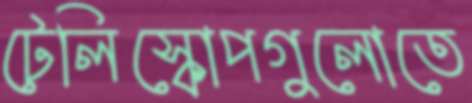
টেলিস্কোপগুলোতে